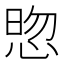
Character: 𭝓